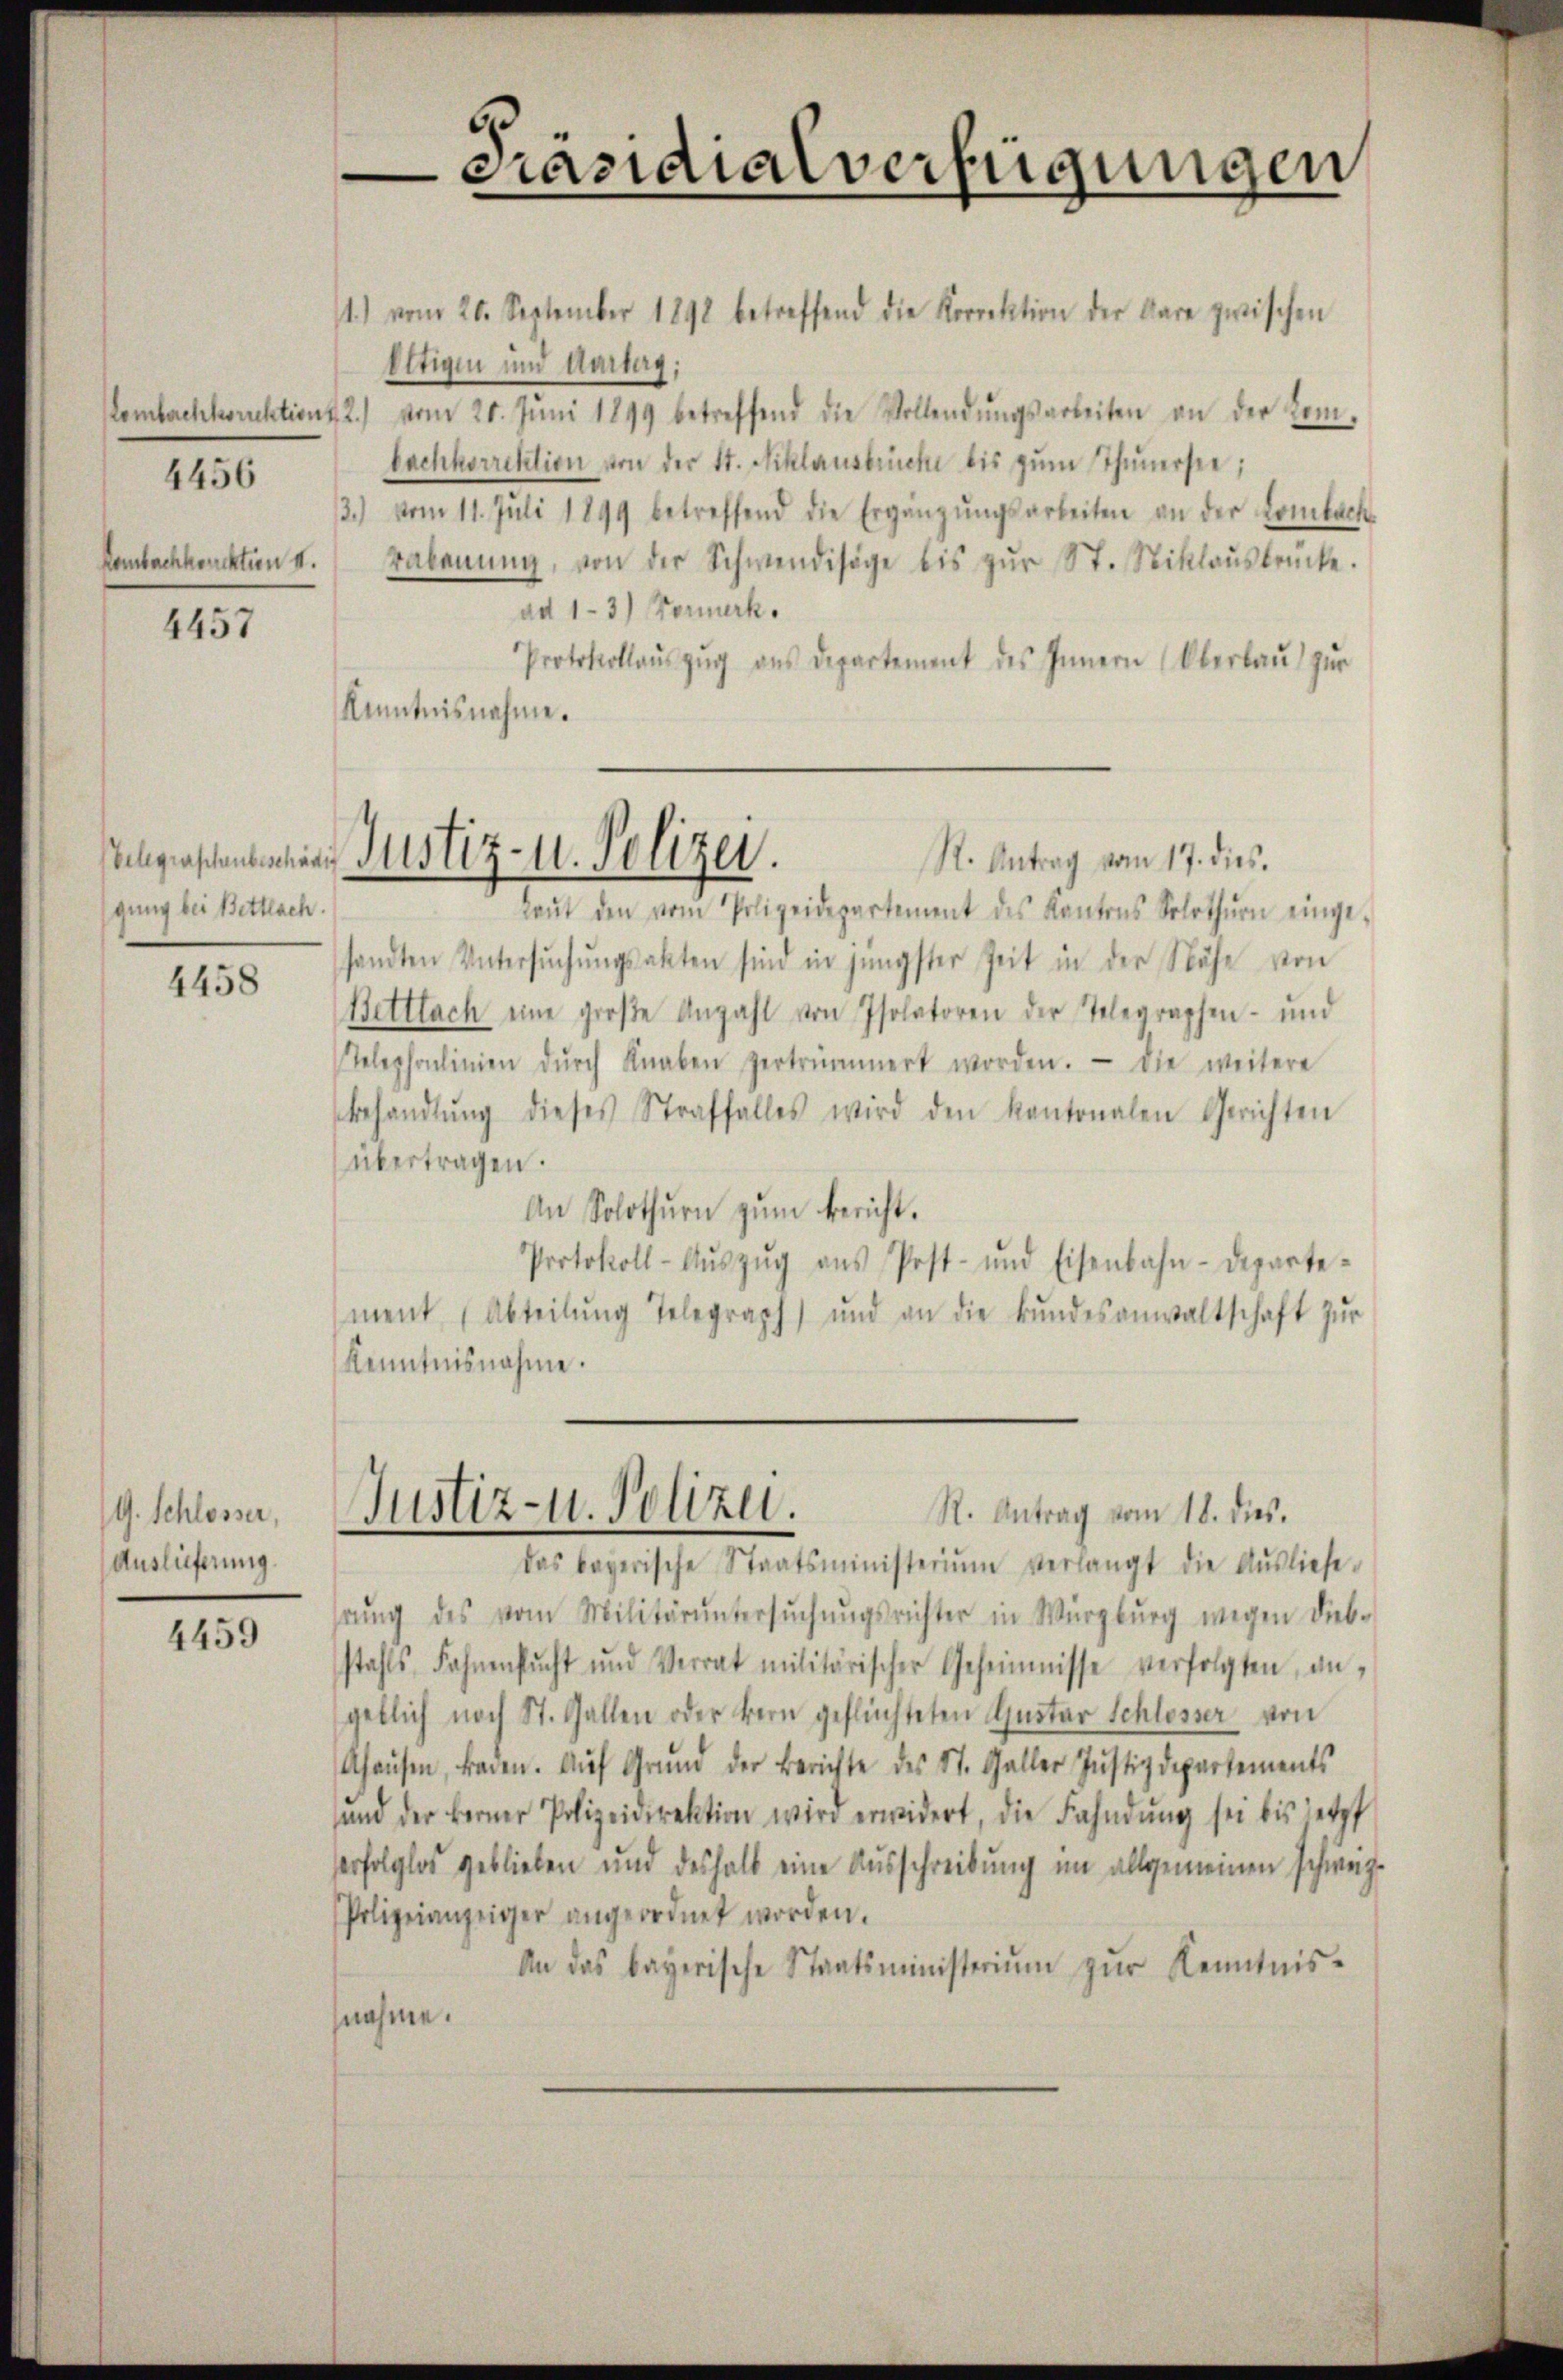
Kambachkonckten II.

4456

4457

gung bei Bettlach.

4458

G. Schlosser,
Auslieferung

4459

11.) vom 26. September 1891 betreffend die Korrektion der Aare zwischen
Oltigen und Antag;
Lombachkorrektion, 2) vom 20. Jŭni 1899 betreffend die Vollendŭngsarbeiten an der Tembachkorrektion von der St. Niklausbrücke bis zŭm Thunersee,
3.) vom 11. Juli 1899 betreffend die Ergänzŭngsarbeiten an der Lombach
rabanŭng, von der Schwendisige bis zŭr St. Niklaŭsbrücke.
ad 13) Formerk.
Protokollaŭszŭg aŭs departement des Innern (Oberbaŭ zŭr
Kenntnisnahme.

Präsidialverfügungen

R. Antrag vom 17. dies.
Laŭt den vom Polizeidepartement des Kantons Solothurn einge-
sandten Untersŭchŭngsakten sind in jüngster Zeit in der Nähe von
Bettlach eine große Anzahl von Isolatoren der Telegraphen- und
Telephonlinien dŭrch Knaben zertrümmert worden. Die weitere
behandlŭng dieses Straffalles wird den kantonalen Gerichten
übertragen.
An Solothurn zum Bericht.
Protokoll-Aŭszŭg aŭs Post- und Eisenbahn-Departe-
ment (Abteilŭng Telegraph) und an die Bŭndesanwaltschaft zŭr
Kenntnisnahme.

Schgeschendenen Justiz- u. Polizei.

Justiz- u. Polizei.
R. Antrag vom 18. dies.

das bayerische Staatsministerium verlangt die Aŭsliefe
hrŭng des vom Militärŭntersŭchŭngsrichter in Würzburg wegen dieb-
stahls Fahnensŭcht und Verrat militärischer Geheimnisse verfolgten an,
geblich noch St. Gallen oder Bern geflüchteten Quotar Schlosser von
Ahaŭsen, Baden. Aŭf Grŭnd der Berichte des St. Galler Justizdepartements
and der berner Polizeidirektion wird erwidert, die Fahndŭng sei bis jetzt
erfolglos geblieben und deshalb eine Ausschreibung im allgemeinen schweize
Polizeianzeiger angeordnet worden.
An das bayerische Staatsministeriŭm zŭr Kenntnis-
nahme.